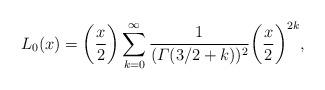
LaTeX: \begin{align*}L_0(x)= \biggl(\frac{x}{2} \biggr)\sum\limits_{k=0}^{\infty}\frac{1}{(\varGamma(3/2+k))^2} \biggl(\frac{x}{2} \biggr)^{2k},\end{align*}